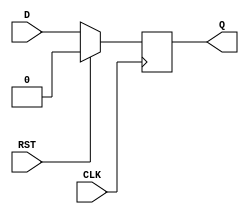
module synchronous_register (
    input wire D,        // Data input
    input wire CLK,      // Clock input
    input wire RST,      // Reset input
    output reg Q         // Data output
);

// Parameter for reset value
parameter RESET_VALUE = 1'b0; // Define the reset value (0 or 1)

always @(posedge CLK) begin
    if (RST) begin
        Q <= RESET_VALUE; // Set Q to reset value on reset
    end else begin
        Q <= D;           // Capture data on rising edge of CLK
    end
end

endmodule